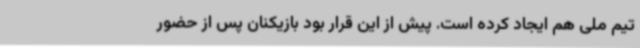
تیم ملی هم ایجاد کرده است. پیش از این قرار بود بازیکنان پس از حضور